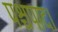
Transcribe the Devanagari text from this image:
पश्चपाद।